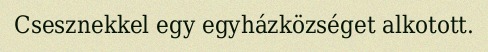
Csesznekkel egy egyházközséget alkotott.